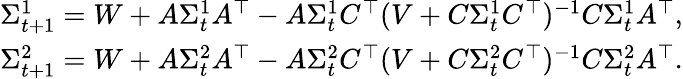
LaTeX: \begin{array}{r}{\Sigma_{t+1}^{1}=W+A\Sigma_{t}^{1}A^{\top}-A\Sigma_{t}^{1}C^{\top}(V+C\Sigma_{t}^{1}C^{\top})^{-1}C\Sigma_{t}^{1}A^{\top},}\\ {\Sigma_{t+1}^{2}=W+A\Sigma_{t}^{2}A^{\top}-A\Sigma_{t}^{2}C^{\top}(V+C\Sigma_{t}^{2}C^{\top})^{-1}C\Sigma_{t}^{2}A^{\top}.}\end{array}